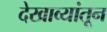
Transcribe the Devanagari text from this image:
देखाव्यांतून